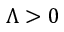
\Lambda > 0